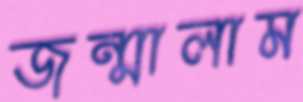
জন্মালাম